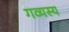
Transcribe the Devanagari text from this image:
गव्यस्य